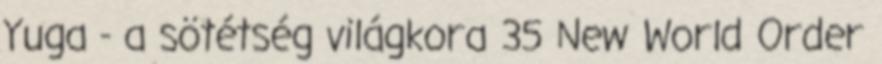
Yuga - a sötétség világkora 35 New World Order